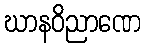
ဃာနဝိညာဏေ